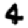
Digit: 4